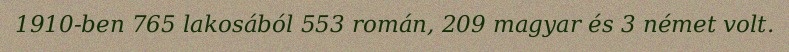
1910-ben 765 lakosából 553 román, 209 magyar és 3 német volt.